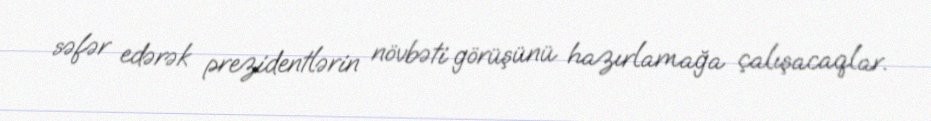
səfər edərək prezidentlərin növbəti görüşünü hazırlamağa çalışacaqlar.